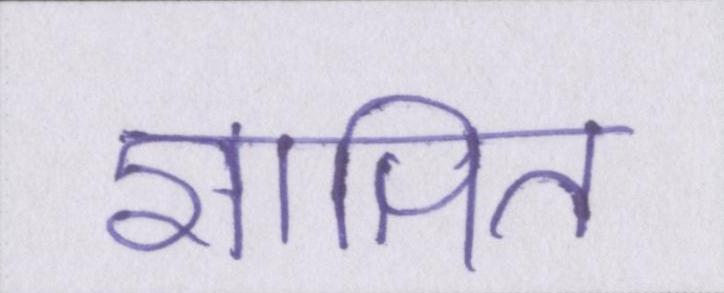
ज्ञापित